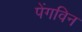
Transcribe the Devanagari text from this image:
पेंगविन